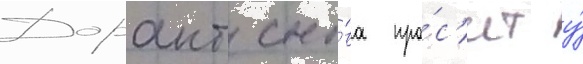
Дорант сно́ва про́с'ит у́